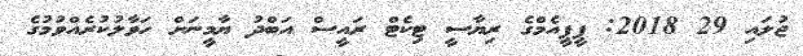
ޖުލައި 29 2018: ޕީޕީއެމްގެ ރިޔާސީ ޓިކެޓް ރައީސް އަބްދު ޔާމީނަށް ހަވާލުކުރެއްވުމުގެ